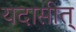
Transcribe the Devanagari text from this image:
यदासीत्